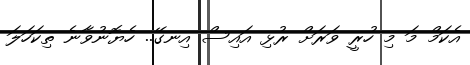
އެކަމް މަ މި ހުރީ ވަރަށް ރުޅި އައިސް އިނގޭ.. ހެޔޮނުވާނެ ތިކަހަލަ